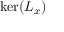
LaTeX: \ker ( L _ { x } )